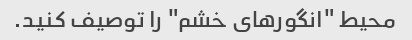
محیط "انگورهای خشم" را توصیف کنید.